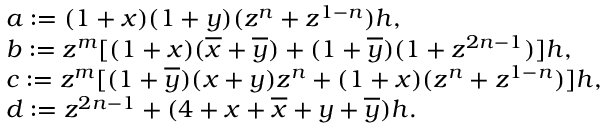
\begin{array} { r l } & { a : = ( 1 + x ) ( 1 + y ) ( z ^ { n } + z ^ { 1 - n } ) h , } \\ & { b : = z ^ { m } [ ( 1 + x ) ( \overline { { x } } + \overline { { y } } ) + ( 1 + \overline { { y } } ) ( 1 + z ^ { 2 n - 1 } ) ] h , } \\ & { c : = z ^ { m } [ ( 1 + \overline { { y } } ) ( x + y ) z ^ { n } + ( 1 + x ) ( z ^ { n } + z ^ { 1 - n } ) ] h , } \\ & { d : = z ^ { 2 n - 1 } + ( 4 + x + \overline { { x } } + y + \overline { { y } } ) h . } \end{array}